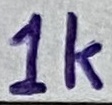
Text: 1k